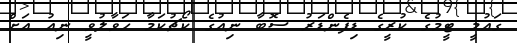
ގައުމީ ޓީމުގެ ކުރީގެ ޑިފެންޑަރު ސޮބާ ނިއުގެ ކޯޗުކަމާ ހަވާލުވީ ނިއު އަށް